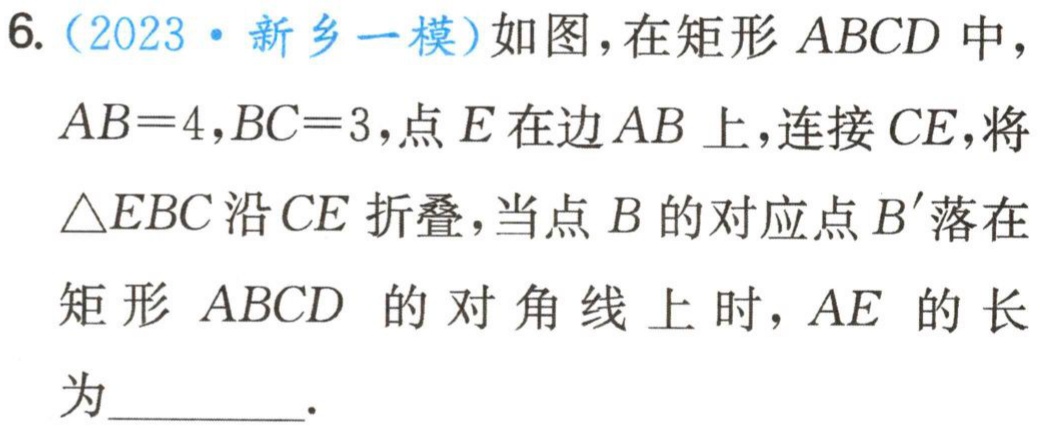
6.（2023·新乡一模）如图，在矩形 \(ABCD\) 中，\(AB = 4,BC = 3\)，点 \(E\) 在边 \(AB\) 上，连接 \(CE\)，将\(\triangle EBC\) 沿 \(CE\) 折叠，当点 \(B\) 的对应点 \(B'\) 落在矩形 \(ABCD\) 的对角线上时，\(AE\) 的长为  ．